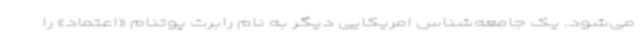
می‌شود. یک جامعه‌شناس امریکایی دیگر به نام رابرت پوتنام «اعتماد» را